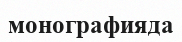
монографияда